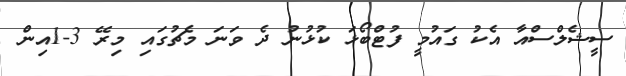
ސީޝެލްސްއާ އެކު ގައުމީ ފުޓްބޯޅަ ކުޅުނު ދެ ވަނަ މެޗުގައި މިރޭ 3-1އިން